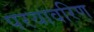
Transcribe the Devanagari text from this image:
परयावरिण